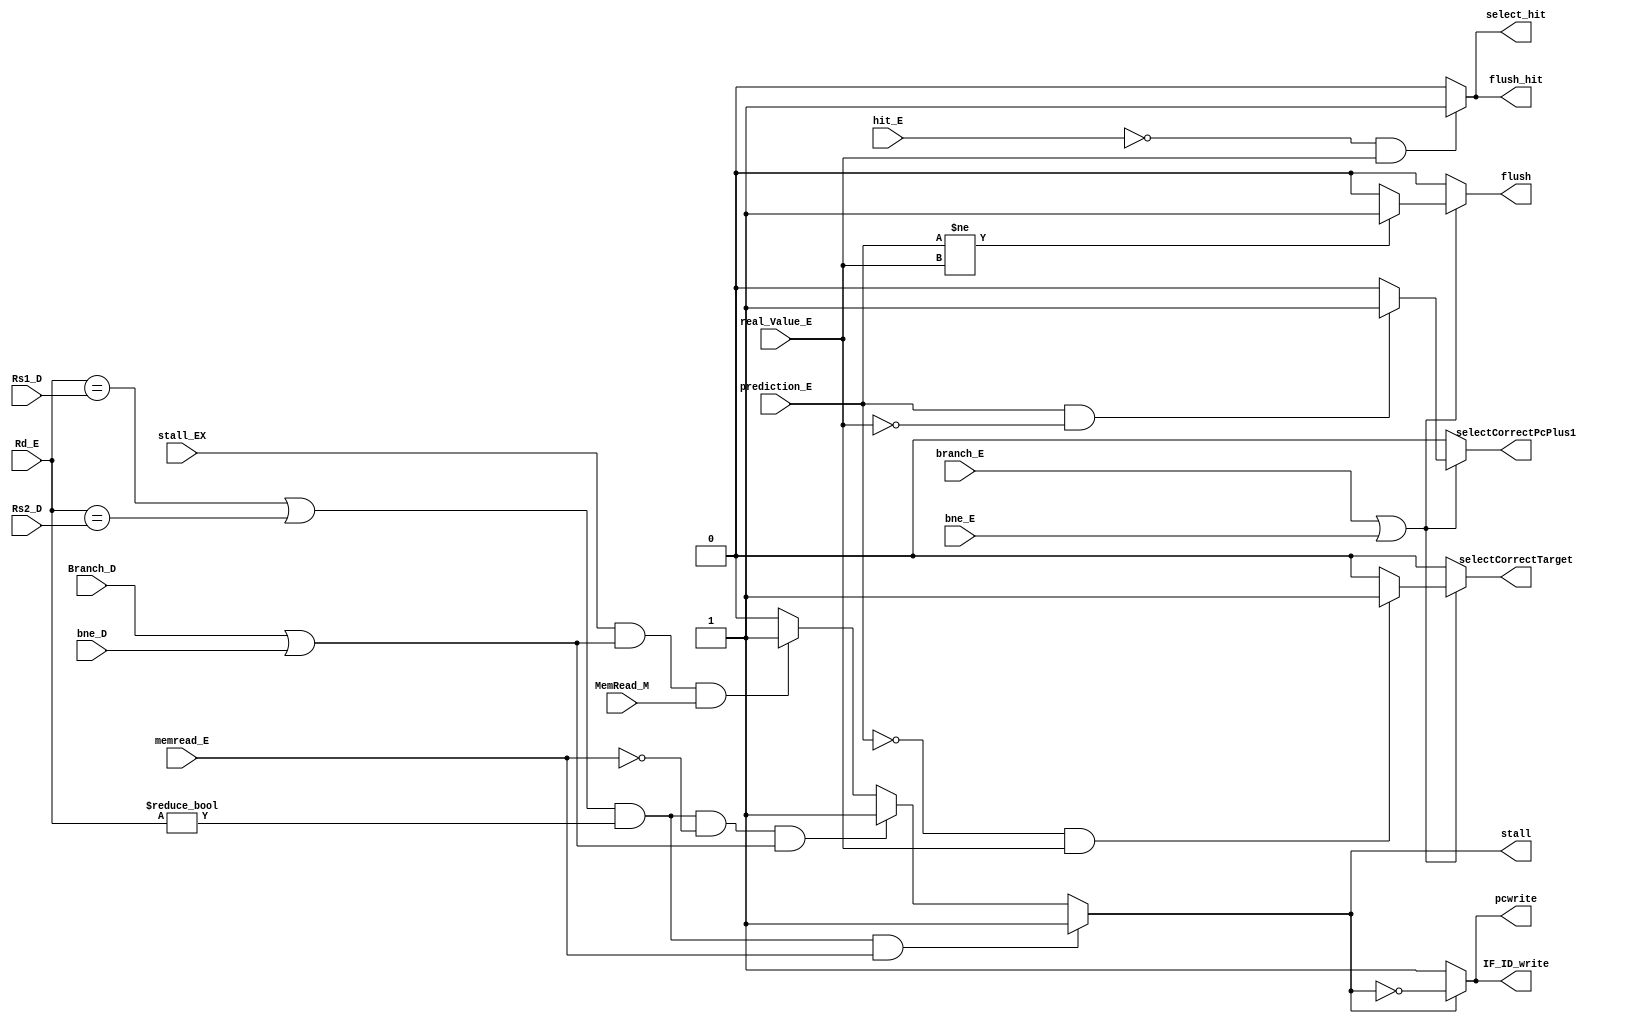
module Hazard_Detection_Unit(
    input [4:0] Rd_E, Rs1_D, Rs2_D,
    input memread_E,Branch_D,bne_D,stall_EX,MemRead_M,prediction_E ,real_Value_E ,branch_E,bne_E,
	 input hit_E , 
    output stall, pcwrite, IF_ID_write ,
	 output reg flush ,flush_hit , selectCorrectTarget , selectCorrectPcPlus1 ,select_hit
);
	
    reg x;

    always @(*) begin
			x = 0 ;
        if (((Rd_E == Rs1_D) || (Rd_E == Rs2_D)) && (Rd_E != 5'b00000) && memread_E )//load use data hazard
            x = 1;
        else if (((Rd_E == Rs1_D) || (Rd_E == Rs2_D)) && (Rd_E != 5'b00000) && (~memread_E ) &&  (Branch_D || bne_D)) // for branch (before)  
            x = 1;
		  else if (stall_EX && (Branch_D || bne_D) && MemRead_M )  // for branch (before) :stall number 2 in case the instruction before branch is load  
				x = 1;
		  else 
				x = 0 ;
    end
	 
	 always @(*)begin
		selectCorrectTarget = 1'b0 ;
	   selectCorrectPcPlus1 = 1'b0 ;
		flush = 1'b0 ;
		select_hit = 1'b0 ;
		flush_hit = 1'b0;
		if(branch_E || bne_E)begin
			if(prediction_E != real_Value_E)
				flush = 1'b1 ;
			else 
				flush = 1'b0 ;
		
         if(prediction_E == 1'b0 && real_Value_E == 1'b1)begin
				selectCorrectTarget = 1'b1 ;
				select_hit = 1'b1 ;
			end else begin
				selectCorrectTarget = 1'b0 ;
				select_hit = 1'b0 ;
			end
			if(prediction_E == 1'b1 && real_Value_E == 1'b0)
				selectCorrectPcPlus1 = 1'b1 ;
			else 
				selectCorrectPcPlus1 = 1'b0 ;	
				
		end else	
			   flush = 1'b0 ;
		if(hit_E == 1'b0 && real_Value_E)begin
			   flush_hit = 1'b1;
				select_hit = 1'b1 ;
		end else begin 
				flush_hit = 1'b0;
				select_hit = 1'b0;
		end		
			
	 end

    // Assign outputs based on data hazard condition
    assign stall = x;
    assign pcwrite = (x==0) ? 1'b1 : ~x;
    assign IF_ID_write = (x==0) ? 1'b1 : ~x;
	 	
endmodule